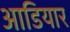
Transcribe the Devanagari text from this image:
आडियार